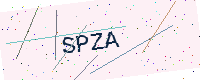
Text: SPZA